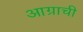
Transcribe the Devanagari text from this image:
आग्राची